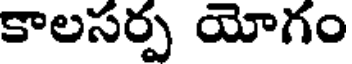
కాలసర్ప యోగం